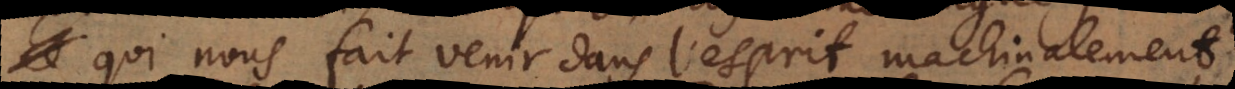
qui nous fait venir dans l’esprit machinalement